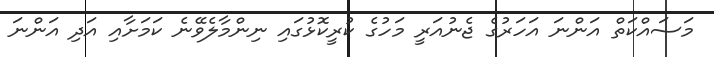
މަސައްކަތް އަންނަ އަހަރުގެ ޖެނުއަރީ މަހުގެ ކުރީކޮޅުގައި ނިންމާލެވޭނެ ކަމަށާއި އަދި އަންނަ